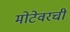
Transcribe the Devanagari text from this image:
मोटेवरची